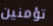
تؤمنين